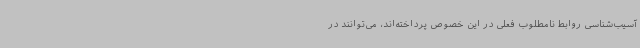
آسیب‌شناسی روابط نامطلوب فعلی در این خصوص پرداخته‌اند، می‌توانند در